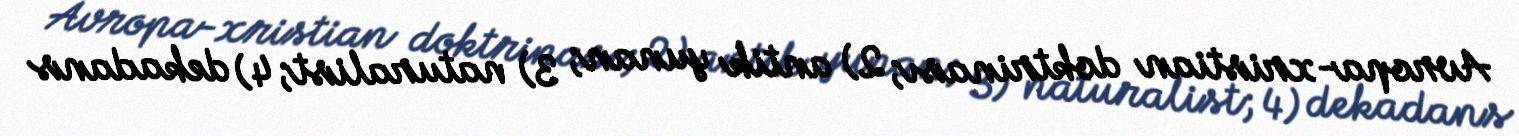
Avropa-xristian doktrinası; 2) antik yunan; 3) naturalist; 4) dekadans